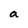
Character: a